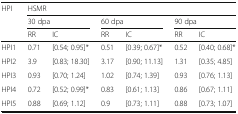
<table><thead><tr><td rowspan="3"><b>HPI</b></td><td colspan="6"><b>HSMR</b></td></tr><tr><td colspan="2"><b>30 dpa</b></td><td colspan="2"><b>60 dpa</b></td><td colspan="2"><b>90 dpa</b></td></tr><tr><td><b>RR</b></td><td><b>IC</b></td><td><b>RR</b></td><td><b>IC</b></td><td><b>RR</b></td><td><b>IC</b></td></tr></thead><tbody><tr><td>HPI1</td><td>0.71</td><td>[0.54; 0.95]*</td><td>0.51</td><td>[0.39; 0.67]*</td><td>0.52</td><td>[0.40; 0.68]*</td></tr><tr><td>HPI2</td><td>3.9</td><td>[0.83; 18.30]</td><td>3.17</td><td>[0.90; 11.13]</td><td>1.31</td><td>[0.35; 4.85]</td></tr><tr><td>HPI3</td><td>0.93</td><td>[0.70; 1.24]</td><td>1.02</td><td>[0.74; 1.39]</td><td>0.93</td><td>[0.76; 1.13]</td></tr><tr><td>HPI4</td><td>0.72</td><td>[0.52; 0.99]*</td><td>0.83</td><td>[0.61; 1.13]</td><td>0.86</td><td>[0.67; 1.11]</td></tr><tr><td>HPI5</td><td>0.88</td><td>[0.69; 1.12]</td><td>0.9</td><td>[0.73; 1.11]</td><td>0.88</td><td>[0.73; 1.07]</td></tr></tbody></table>